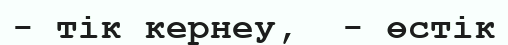
- тік кернеу,  - өстік